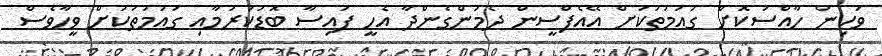
ވަކިން ހާއްސަކޮށް ގައުމުތަކަށް އޭއެފްސީން ދެމުންގެންދާ އެހީ ފައިސާ ބޮޑުކުރުމާއި ގައުމުތަކަށް ވީހާވެސް